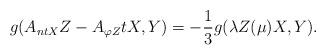
LaTeX: \begin{align*}g(A_{ntX}Z-A_{\varphi Z}tX,Y)=-\frac{1}{3}g(\lambda Z(\mu)X,Y).\end{align*}